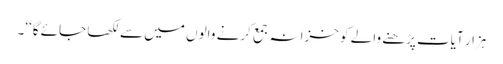
ہزار آیات پڑھنے والے کو خزانہ جمع کرنے والوں میں سے لکھا جائے گا‘‘۔